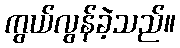
ကွယ်လွန်ခဲ့သည်။